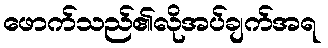
ဖောက်သည်၏လိုအပ်ချက်အရ